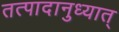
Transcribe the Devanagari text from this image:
तत्पादानुध्यात्